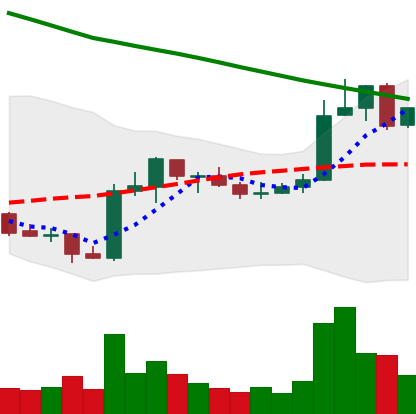
Ticker: ADA-USD
Chart end date: 2019-02-22
Forward return: -6.267%
Label: down_5_7